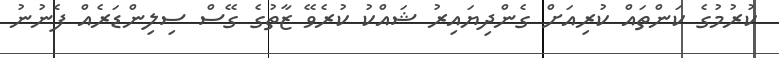
ކުރުމުގެ ކަންތައް ކުރިއަށް ގެންދިޔައިރު ޝައްކު ކުރެވޭ ޒާތުގެ ގޭސް ސިލިންޑަރެއް ފެނުނު